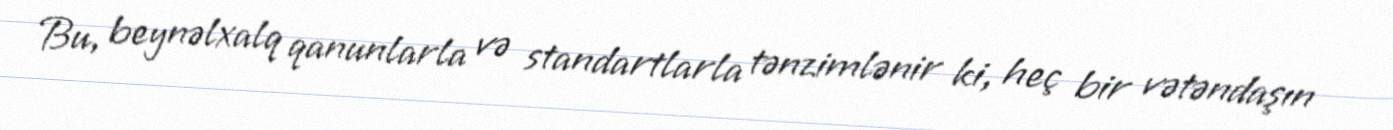
Bu, beynəlxalq qanunlarla və standartlarla tənzimlənir ki, heç bir vətəndaşın